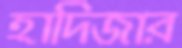
হাদিজার